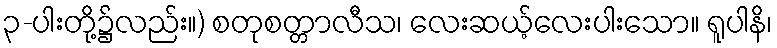
၃-ပါးတို့၌လည်း။) စတုစတ္တာလီသ၊ လေးဆယ့်လေးပါးသော။ ရူပါနိ၊